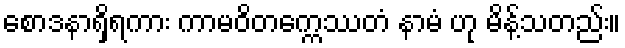
စောဒနာရှိရကား ကာမဝိတက္ကေဿတံ နာမံ ဟု မိန့်သတည်း။